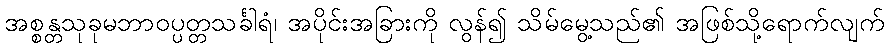
အစ္စန္တသုခုမဘာဝပ္ပတ္တသင်္ခါရံ၊ အပိုင်းအခြားကို လွန်၍ သိမ်မွေ့သည်၏ အဖြစ်သို့ရောက်လျက်